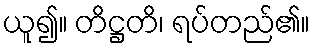
ယူ၍။ တိဋ္ဌတိ၊ ရပ်တည်၏။